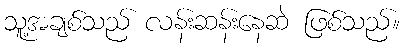
သူ့အချစ်သည် လန်းဆန်းနေဆဲ ဖြစ်သည်။